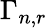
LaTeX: \Gamma_{n,r}